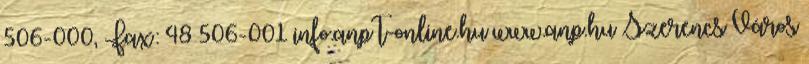
506-000, Fax: 48 506-001 info.anp t-online.hu www.anp.hu Szerencs Város